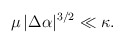
\begin{align*} \mu \, |\Delta \alpha|^{3/2} \ll \kappa.\end{align*}